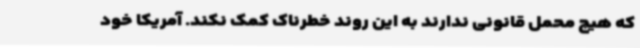
که هیچ محمل قانونی ندارند به این روند خطرناک کمک نکند. آمریکا خود